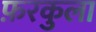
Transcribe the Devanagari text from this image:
फ़रकुला